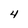
Character: 4